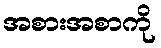
အစားအစာကို